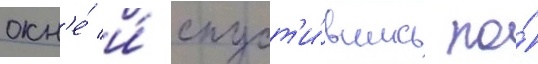
окн'е́ и́ спуст'и́вшись по́